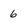
Character: 6